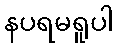
နပရမရူပါ